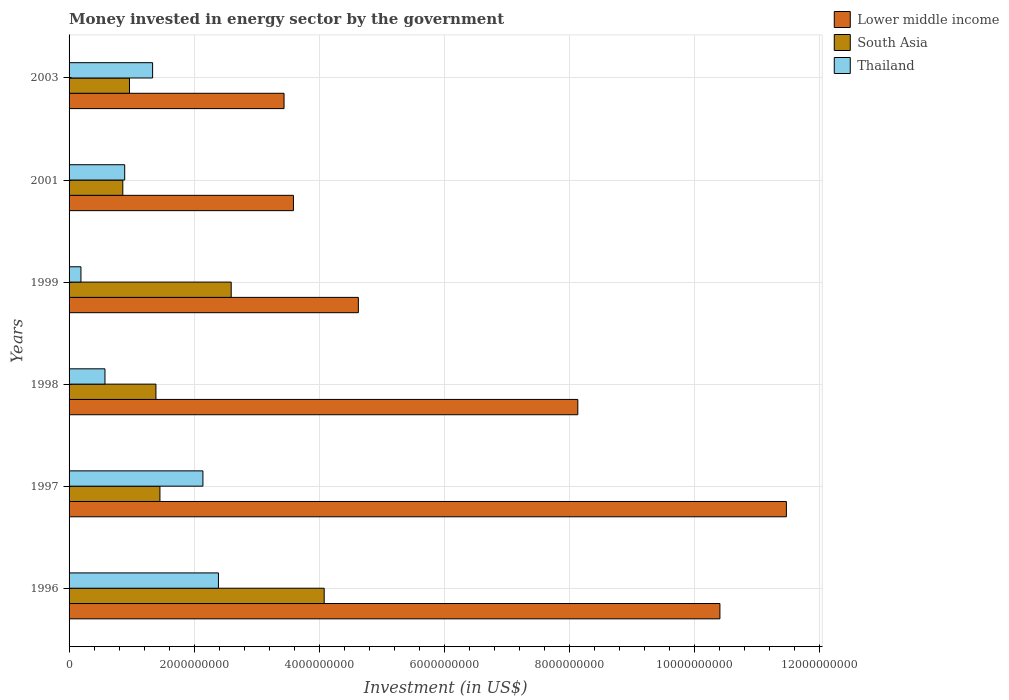
| Years | Lower middle income | South Asia | Thailand |
 | --- | --- | --- | --- |
 | 1996 | 1.04e+10 | 4.08e+09 | 2.39e+09 |
 | 1997 | 1.15e+10 | 1.45e+09 | 2.14e+09 |
 | 1998 | 8.14e+09 | 1.39e+09 | 5.74e+08 |
 | 1999 | 4.63e+09 | 2.59e+09 | 1.9e+08 |
 | 2001 | 3.59e+09 | 8.6e+08 | 8.9e+08 |
 | 2003 | 3.44e+09 | 9.66e+08 | 1.34e+09 |